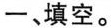
一、填空。